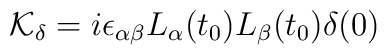
{\cal K}_{\delta}=i\epsilon_{\alpha\beta}L_{\alpha}(t_0)L_{\beta}(t_0)\delta(0)